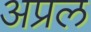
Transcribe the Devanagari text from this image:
अप्रल